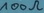
Text: 100Ω